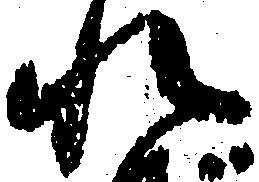
れ